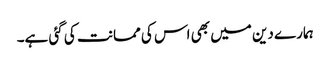
ہمارے دین میں بھی اس کی ممانت کی گئی ہے۔